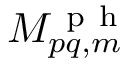
M _ { p q , m } ^ { \mathrm { ~ p ~ h ~ } }